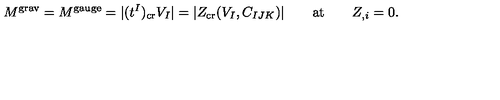
M ^ { \mathrm { g r a v } } = M ^ { \mathrm { g a u g e } } = | ( t ^ { I } ) _ { \mathrm { c r } } V _ { I } | = | Z _ { \mathrm { c r } } ( V _ { I } , C _ { I J K } ) | \qquad \mathrm { a t } \qquad Z _ { , i } = 0 .